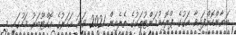
ބަޔާންކޮށްފައިވާ އަގުގެ ޕްރޮކިއުމަންޓުތަކުގެ ތެރެއިން 2021 ވަނަ އަހަރުގެ އޮކްޓޫބަރު މަހުގައި މި